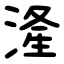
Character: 湰